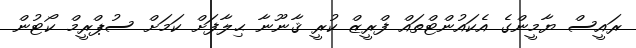
ރައީސް ޔާމީންގެ އެކައުންޓްތައް ފްރީޒް ކުރީ ޤާނޫނާ ޙިލާފަށް ކަމަށް ސުޕްރީމް ކޯޓުން